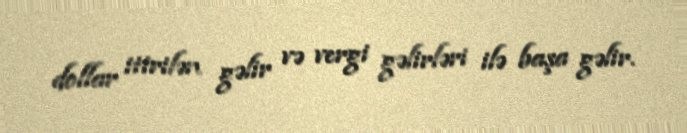
dollar itirilən gəlir və vergi gəlirləri ilə başa gəlir.